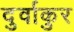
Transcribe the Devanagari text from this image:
दुर्वाकुर